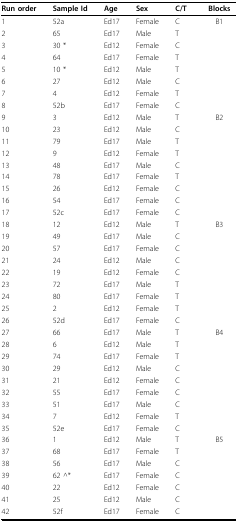
| Run order | Sample Id | Age | Sex | C/T | Blocks |
 | --- | --- | --- | --- | --- | --- |
 | 1 | 52a | Ed17 | Female | C | B1 |
 | 2 | 65 | Ed17 | Male | T |  |
 | 3 | 30 * | Ed12 | Female | C |  |
 | 4 | 64 | Ed17 | Female | T |  |
 | 5 | 10 * | Ed12 | Male | T |  |
 | 6 | 27 | Ed12 | Male | C |  |
 | 7 | 4 | Ed12 | Female | T |  |
 | 8 | 52b | Ed17 | Female | C |  |
 | 9 | 3 | Ed12 | Male | T | B2 |
 | 10 | 23 | Ed12 | Male | C |  |
 | 11 | 79 | Ed17 | Male | T |  |
 | 12 | 9 | Ed12 | Female | T |  |
 | 13 | 48 | Ed17 | Male | C |  |
 | 14 | 78 | Ed17 | Female | T |  |
 | 15 | 26 | Ed12 | Female | C |  |
 | 16 | 54 | Ed17 | Female | C |  |
 | 17 | 52c | Ed17 | Female | C |  |
 | 18 | 12 | Ed12 | Male | T | B3 |
 | 19 | 49 | Ed17 | Male | C |  |
 | 20 | 57 | Ed17 | Female | C |  |
 | 21 | 24 | Ed12 | Male | C |  |
 | 22 | 19 | Ed12 | Female | C |  |
 | 23 | 72 | Ed17 | Male | T |  |
 | 24 | 80 | Ed17 | Female | T |  |
 | 25 | 2 | Ed12 | Female | T |  |
 | 26 | 52d | Ed17 | Female | C |  |
 | 27 | 66 | Ed17 | Male | T | B4 |
 | 28 | 6 | Ed12 | Male | T |  |
 | 29 | 74 | Ed17 | Female | T |  |
 | 30 | 29 | Ed12 | Male | C |  |
 | 31 | 21 | Ed12 | Female | C |  |
 | 32 | 55 | Ed17 | Female | C |  |
 | 33 | 51 | Ed17 | Male | C |  |
 | 34 | 7 | Ed12 | Female | T |  |
 | 35 | 52e | Ed17 | Female | C |  |
 | 36 | 1 | Ed12 | Male | T | B5 |
 | 37 | 68 | Ed17 | Female | T |  |
 | 38 | 56 | Ed17 | Male | C |  |
 | 39 | 62 ^* | Ed17 | Female | C |  |
 | 40 | 22 | Ed12 | Female | C |  |
 | 41 | 25 | Ed12 | Male | C |  |
 | 42 | 52f | Ed17 | Female | C |  |